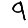
Digit: 9